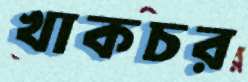
খাকচর